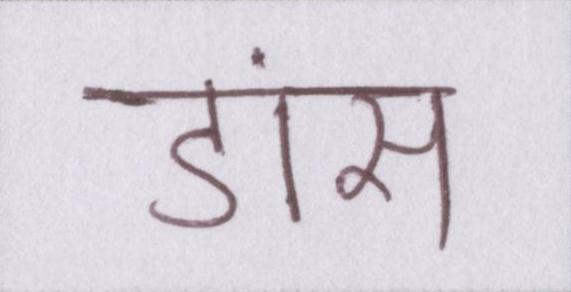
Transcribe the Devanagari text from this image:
डांस